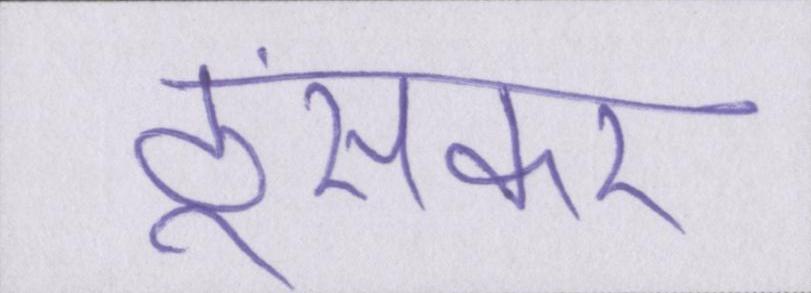
ठूंसकर